On the action of the venoms of the cobra (Naja tripudians) and of the daboia (Daboia russellii) on the red blood corpuscles and on the blood plasma - Number 4
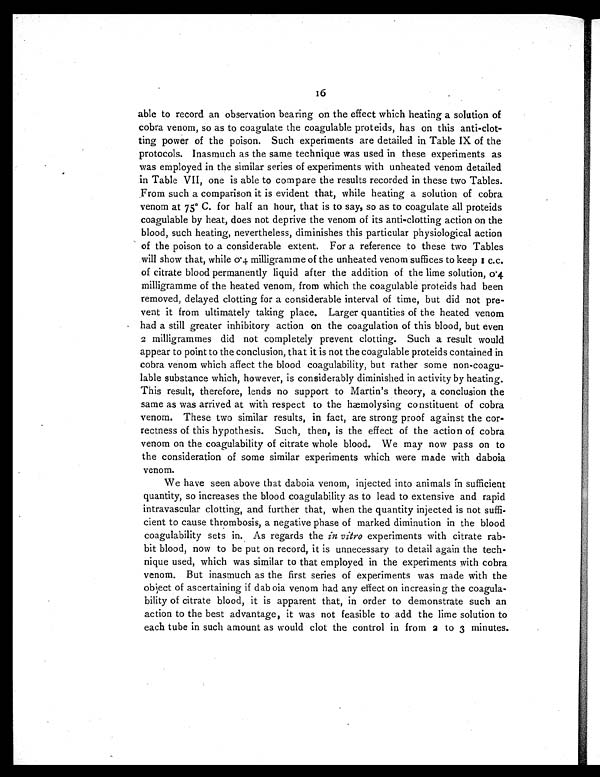
16
able to record an observation bearing on the effect which heating a solution of
cobra venom, so as to coagulate the coagulable proteids, has on this anti-clot-
ting power of the poison. Such experiments are detailed in Table IX of the
protocols. Inasmuch as the same technique was used in these experiments as
was employed in the similar series of experiments with unheated venom detailed
in Table VII, one is able to compare the results recorded in these two Tables.
From such a comparison it is evident that, while heating a solution of cobra
venom at 75° C. for half an hour, that is to say, so as to coagulate all proteids
coagulable by heat, does not deprive the venom of its anti-clotting action on the
blood, such heating, nevertheless, diminishes this particular physiological action
of the poison to a considerable extent. For a reference to these two Tables
will show that, while 0·4 milligramme of the unheated venom suffices to keep 1 c.c.
of citrate blood permanently liquid after the addition of the lime solution, 0·4
milligramme of the heated venom, from which the coagulable proteids had been
removed, delayed clotting for a considerable interval of time, but did not pre-
vent it from ultimately taking place. Larger quantities of the heated venom
had a still greater inhibitory action on the coagulation of this blood, but even
2 milligrammes did not completely prevent clotting. Such a result would
appear to point to the conclusion, that it is not the coagulable proteids contained in
cobra venom which affect the blood coagulability, but rather some non-coagu-
lable substance which, however, is considerably diminished in activity by heating.
This result, therefore, lends no support to Martin's theory, a conclusion the
same as was arrived at with respect to the hæmolysing constituent of cobra
venom. These two similar results, in fact, are strong proof against the cor-
rectness of this hypothesis. Such, then, is the effect of the action of cobra
venom on the coagulability of citrate whole blood. We may now pass on to
the consideration of some similar experiments which were made with daboia
venom.
We have seen above that daboia venom, injected into animals in sufficient
quantity, so increases the blood coagulability as to lead to extensive and rapid
intravascular clotting, and further that, when the quantity injected is not suffi-
cient to cause thrombosis, a negative phase of marked diminution in the blood
coagulability sets in. As regards the in vitro experiments with citrate rab-
bit blood, now to be put on record, it is unnecessary to detail again the tech-
nique used, which was similar to that employed in the experiments with cobra
venom. But inasmuch as the first series of experiments was made with the
object of ascertaining if daboia venom had any effect on increasing the coagula-
bility of citrate blood, it is apparent that, in order to demonstrate such an
action to the best advantage, it was not feasible to add the lime solution to
each tube in such amount as would clot the control in from 2 to 3 minutes.